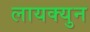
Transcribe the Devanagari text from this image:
लायक्युन